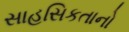
સાહસિકતાનો